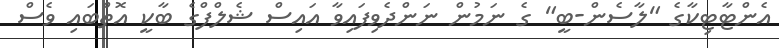
އެންޓާޓިކާގެ "ލާސެން-ބީ" ގެ ނަމުން ނަންދެވިފައިވާ އައިސް ޝެލްފްގެ ބާކީ އޮތްބައި ވެސް